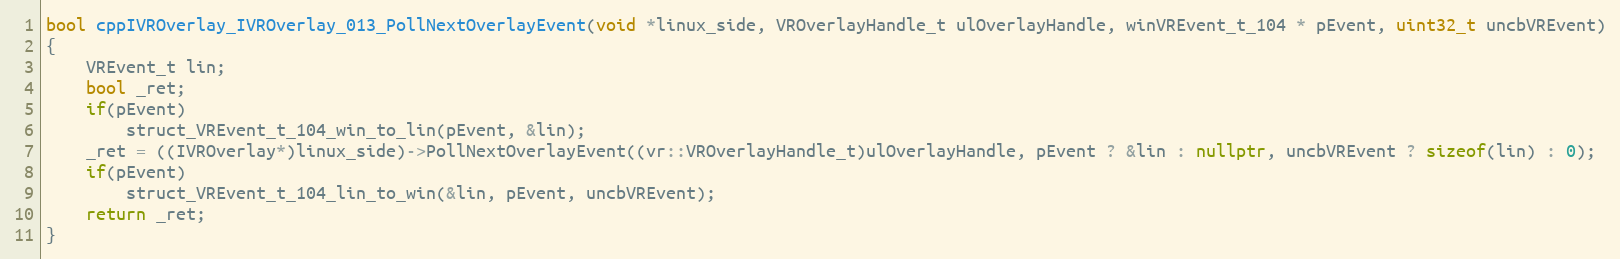
Language: C++
bool cppIVROverlay_IVROverlay_013_PollNextOverlayEvent(void *linux_side, VROverlayHandle_t ulOverlayHandle, winVREvent_t_104 * pEvent, uint32_t uncbVREvent)
{
    VREvent_t lin;
    bool _ret;
    if(pEvent)
        struct_VREvent_t_104_win_to_lin(pEvent, &lin);
    _ret = ((IVROverlay*)linux_side)->PollNextOverlayEvent((vr::VROverlayHandle_t)ulOverlayHandle, pEvent ? &lin : nullptr, uncbVREvent ? sizeof(lin) : 0);
    if(pEvent)
        struct_VREvent_t_104_lin_to_win(&lin, pEvent, uncbVREvent);
    return _ret;
}